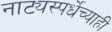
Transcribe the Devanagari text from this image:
नाट्यस्पर्धेच्याही